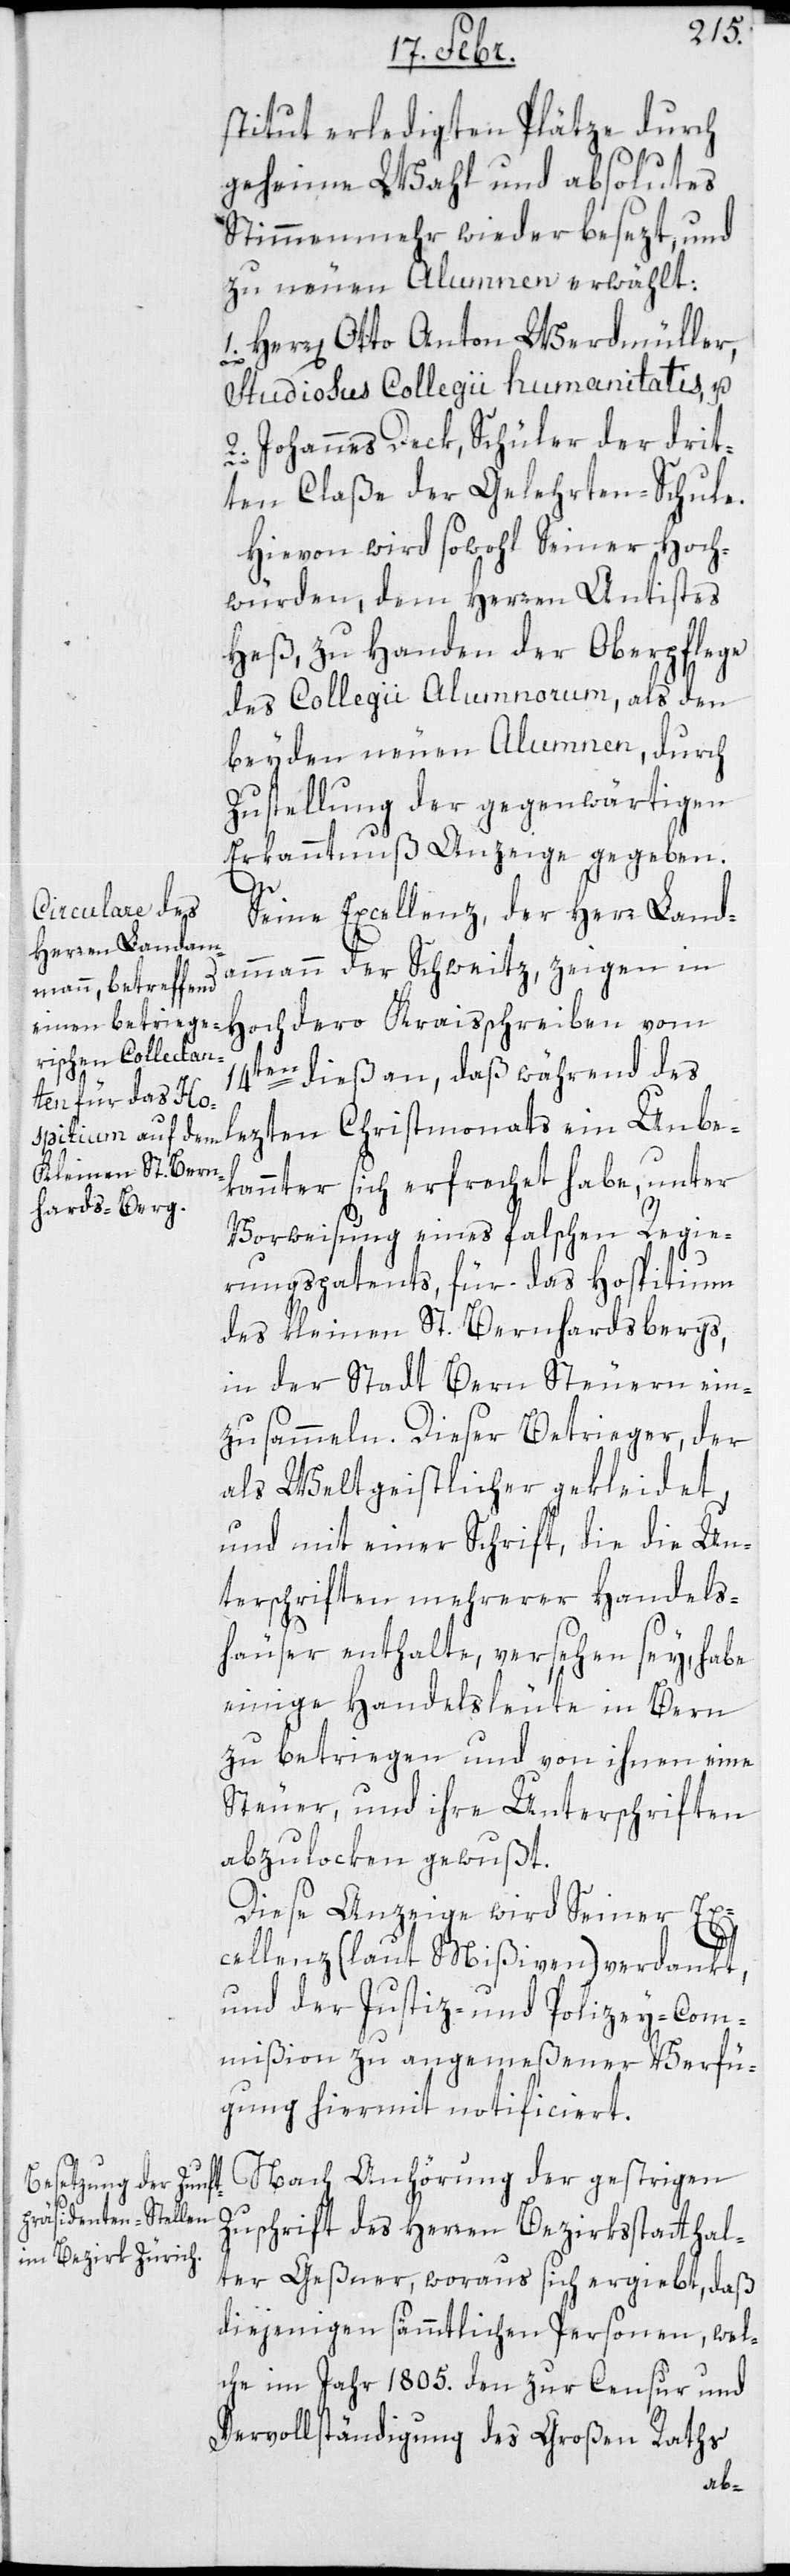
stitut erledigten Plätze durch
geheime Wahl und absolutes
Stimmenmehr wieder besezt, und
zu neuen Alumnen erwählt:
1. Herren Otto Anton Werdmüller,
Studiosus Collegii Humanitatis; und
2. Johannes Deck, Schüler der drit¬
ten Claße der Gelehrten-Schule.
Hievon wird sowohl Seiner Hoch¬
würden, dem Herren Antistes
Heß zu Handen der Oberpflege
des Collegii Alumnorum, als den
beyden neuen Alumnen, durch
Zustellung der gegenwärtigen
Erkanntnuß Anzeige gegeben.
Se Excellenz der Herr Land¬
ammann der Schweitz, zeigen in
Hochdero Kreisschreiben vom
14ten dieß an, daß während des
lezten Christmonats ein Unbe¬
kannter sich erfrechet habe, unter
Vorweisung eines falschen Regie¬
rungspatents, für das Hospitium
des kleinen St. Bernhardsbergs,
in der Stadt Bern Steuern ein¬
zusammeln. Dieser Betrieger, der
als Weltgeistlicher gekleidet,
und mit einer Schrift, die die Un¬
terschriften mehrerer Handels¬
häuser enthalte, versehen sey, habe
einige Handelsleute in Bern
zu betriegen und von ihnen eine
Steuer und ihre Unterschriften
abzulocken gewußt.
Diese Anzeige wird Seiner Ex¬
cellenz (laut Mißiven) verdankt,
und der Justiz- und Polizey-Com¬
mißion zu angemeßener Verfü¬
gung hiermit notificiert.
Nach Anhörung der gestrigen
Zuschrift des Herren Bezirksstatthal¬
ter Geßner, woraus sich ergiebt, daß
diejenigen sämmtlichen Personen, wel¬
che im Jahr 1805. den zur Censur und
Vervollständigung des Großen Raths
ab-